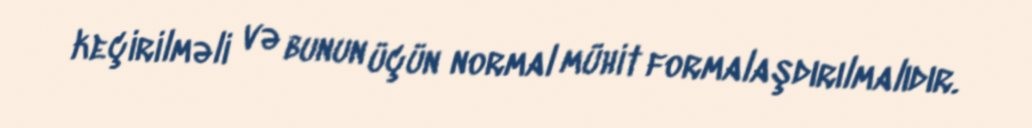
keçirilməli və bunun üçün normal mühit formalaşdırılmalıdır.